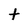
Character: t